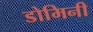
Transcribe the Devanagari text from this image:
डोमिनी